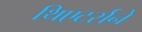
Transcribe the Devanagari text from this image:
थिएटर्सने